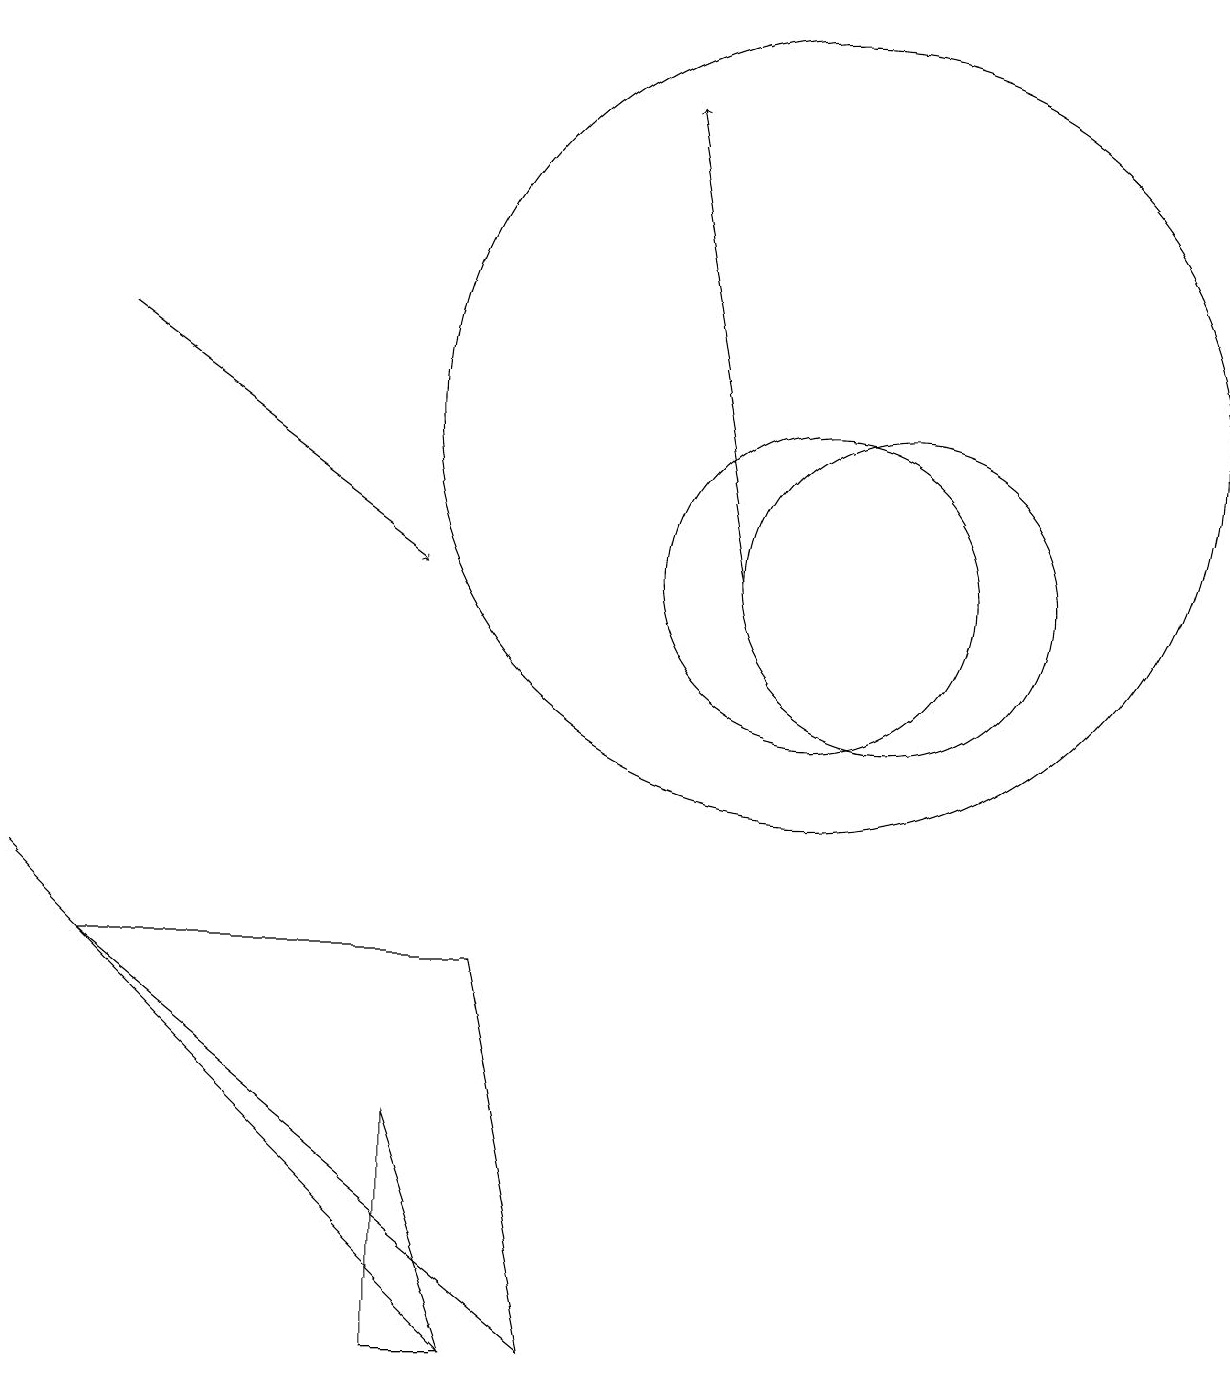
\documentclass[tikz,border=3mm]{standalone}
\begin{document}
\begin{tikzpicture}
\draw (7,0) -- (1,5) -- (6,5) -- cycle;
\draw[->] (9,10) -- (8,16);
\draw (0,6) -- (5,1) -- (6,0) -- cycle;
\draw[->] (1,13) -- (5,10);
\draw (10,12) circle (5);
\draw (5,0) -- (6,0) -- (5,3) -- cycle;
\draw (11,10) circle (2);
\draw (10,10) circle (2);
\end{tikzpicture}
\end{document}